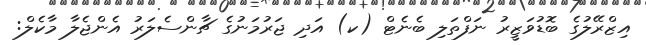
އިޒްރޭލުގެ ބޮޑުވަޒީރު ނަފްތަލި ބެނެޓް (ކ) އަދި ޖަރުމަނުގެ ޗާންސެލަރު އެންޖެލާ މާކެލް: